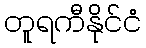
တူရကီနိုင်ငံ